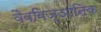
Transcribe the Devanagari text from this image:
वैवविज्ञानिक